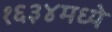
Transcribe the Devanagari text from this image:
१६३४मध्ये